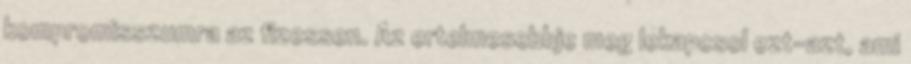
kompromisszumra az fizessen. Az ertelmesebbje meg lekapcsol ezt-azt, ami